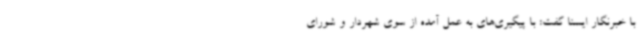
با خبرنگار ایسنا گفت: با پیگیری‌های به عمل آمده از سوی شهردار و شورای